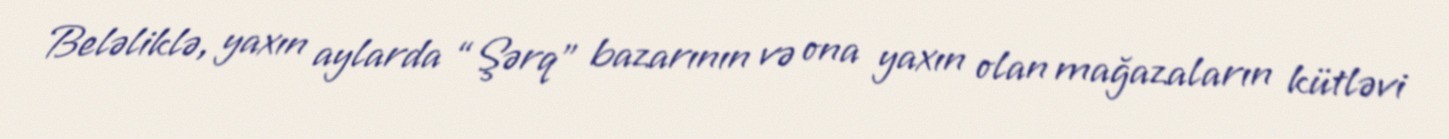
Beləliklə, yaxın aylarda “Şərq” bazarının və ona yaxın olan mağazaların kütləvi